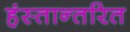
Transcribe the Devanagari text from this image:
हंस्तान्तरित